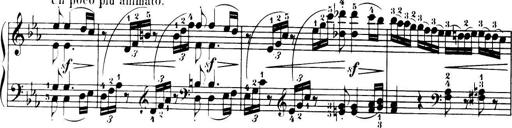
Title: 32 Sonatinas and Rondos for the Piano
Composer: Richard Kleinmichel